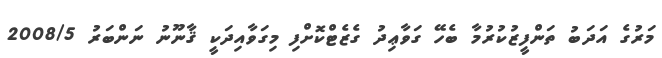
މަރުގެ އަދަބު ތަންފީޒުކުރުމާ ބެހޭ ގަވާޢިދު ގެޒެޓްކޮށްފި މިގަވާއިދަކީ ޤާނޫނު ނަންބަރު 2008/5